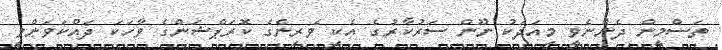
ތަސްމީން ދެންނެވީ މިއަދަކު ނޫން ސަރުކާރުގެ އެކި ވެރިންގެ ކޮރަޕްޝަންގެ ވާހަކަ ދައްކަވަންވީ